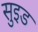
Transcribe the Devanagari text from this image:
सुइड